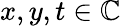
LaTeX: x,y,t\in\mathbb{C}